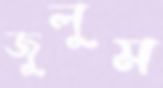
জুলুম